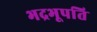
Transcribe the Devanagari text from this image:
भद्रभूपति